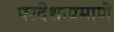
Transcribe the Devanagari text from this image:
परदेशाप्रमाणे